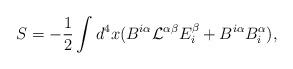
LaTeX: \begin{align*}S=-{1\over 2}\int d^4x(B^{i\alpha}{\cal L}^{\alpha\beta}E^\beta_i+B^{i\alpha}B_{i}^\alpha),\end{align*}